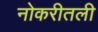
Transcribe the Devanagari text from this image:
नोकरीतली